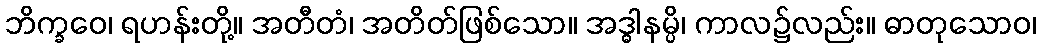
ဘိက္ခဝေ၊ ရဟန်းတို့။ အတီတံ၊ အတိတ်ဖြစ်သော။ အဒ္ဓါနမ္ပိ၊ ကာလ၌လည်း။ ဓာတုသောဝ၊